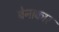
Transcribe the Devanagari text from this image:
बेनाकार